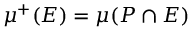
\mu ^ { + } ( E ) = \mu ( P \cap E )